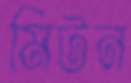
মিটন